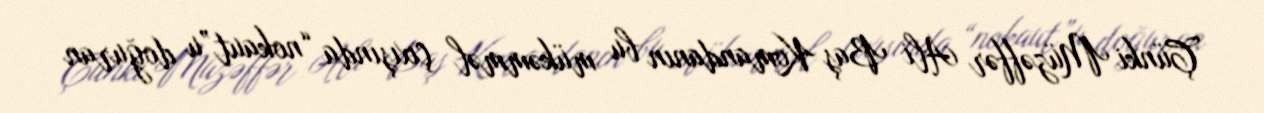
Çünki Müzəffər Ali Baş Komandanın bu mükəmməl çıxışında “nokaut”u doğuran